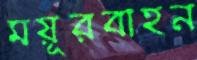
ময়ূরবাহন